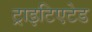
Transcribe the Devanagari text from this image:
ट्राइटिएटेड